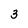
Character: 3